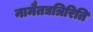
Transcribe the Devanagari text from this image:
नामैतद्यत्रिरिति